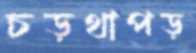
চড়থাপড়